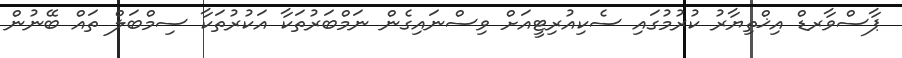
ޕާސްވާރޑް އިޚްތިޔާރު ކުރުމުގައި ސެކިއުރިޓީއަށް ވިސްނައިގެން ނަމްބަރުތަކާ އަކުރުތަކާ ސިމްބަލް ތައް ބޭނުން